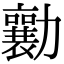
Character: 勷